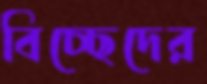
বিচ্ছেদের